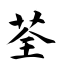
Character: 荃